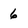
Character: 6